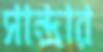
সান্দ্রার